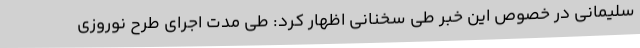
سلیمانی در خصوص این خبر طی سخنانی اظهار کرد: طی مدت اجرای طرح نوروزی